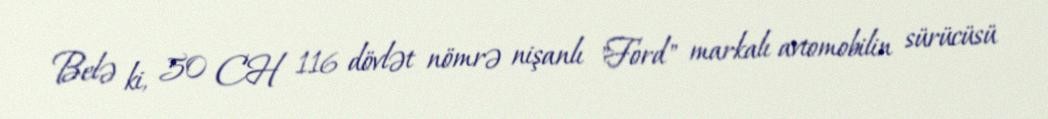
Belə ki, 50 CH 116 dövlət nömrə nişanlı "Ford" markalı avtomobilin sürücüsü